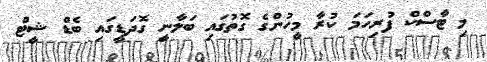
މި ޓާސްކް ފުރިހަމަ ކުރާ މީހުންގެ ގޮތުގައި ބަލާނީ ގޮދަޑީގައި ބެޑް ޝީޓް